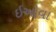
ઇઓવા